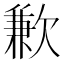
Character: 歉